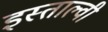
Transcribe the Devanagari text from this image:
इस्ताल्वी